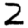
Digit: 2